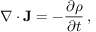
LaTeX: \nabla \cdot \mathbf { J } = - { \frac { \partial \rho } { \partial t } } \, ,